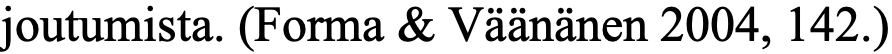
joutumista. (Forma & Väänänen 2004, 142.)